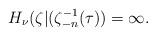
LaTeX: \begin{align*} H_\nu(\zeta|(\zeta_{-n}^{-1}(\tau))=\infty.\end{align*}